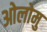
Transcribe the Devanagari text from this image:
ओलोमु